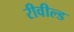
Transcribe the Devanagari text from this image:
रीवील्ड